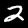
Digit: 2